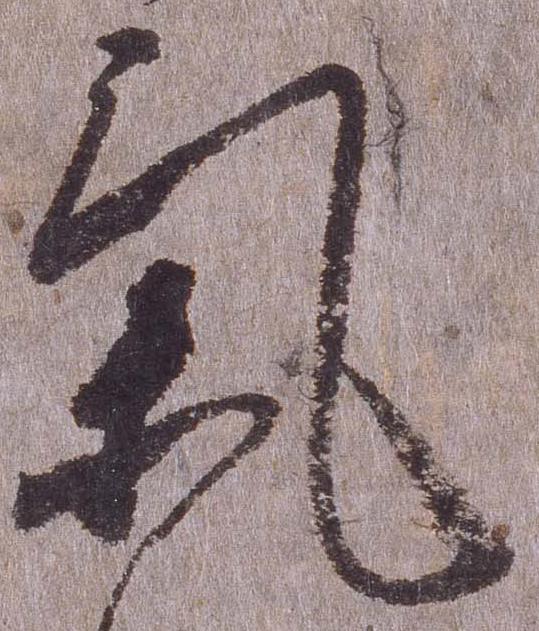
気